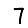
Digit: 7